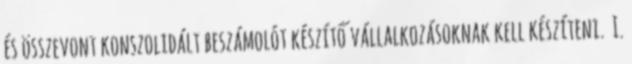
és összevont konszolidált beszámolót készítő vállalkozásoknak kell készíteni. I.